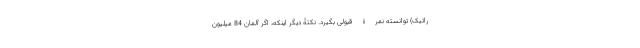
راتیک) توانسته نمرۀ قبولی بگیرد. نکتۀ دیگر اینکه، اگر آلمان 84 میلیون